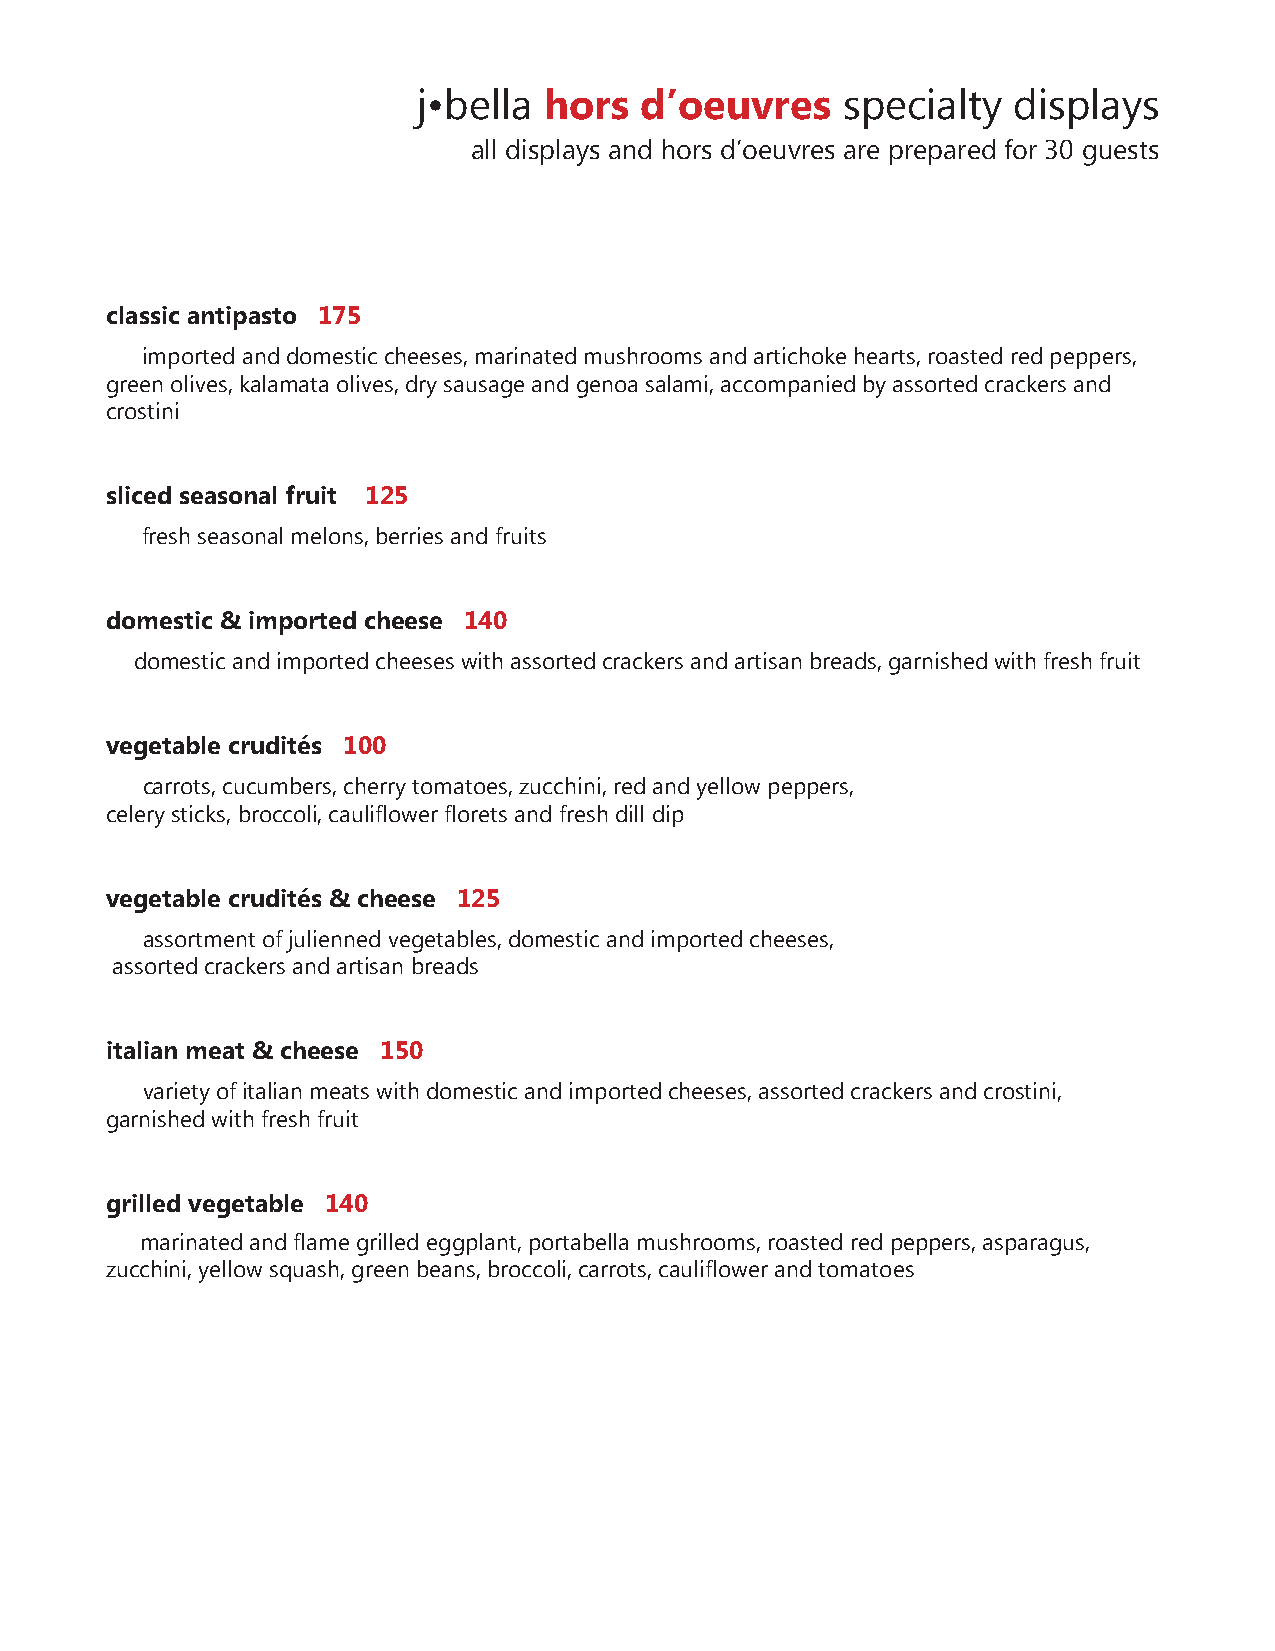
j•bella hors  d’oeuvres     specialty  displays
 all displays and hors d’oeuvres are prepared for 30 guests
 classic antipasto 175
 imported and domestic cheeses, marinated mushrooms and artichoke hearts, roasted red peppers,
 green olives, kalamata olives, dry sausage and genoa salami, accompanied by assorted crackers and
 crostini
 sliced seasonal fruit 125
 fresh seasonal melons, berries and fruits
 domestic & imported cheese 140
 domestic and imported cheeses with assorted crackers and artisan breads, garnished with fresh fruit
 vegetable crudités 100
 carrots, cucumbers, cherry tomatoes, zucchini, red and yellow peppers,
 celery sticks, broccoli, cauliflower florets and fresh dill dip
 vegetable crudités & cheese 125
 assortment of julienned vegetables, domestic and imported cheeses,
 assorted crackers and artisan breads
 italian meat & cheese 150
 variety of italian meats with domestic and imported cheeses, assorted crackers and crostini,
 garnished with fresh fruit
 grilled vegetable 140
 marinated and flame grilled eggplant, portabella mushrooms, roasted red peppers, asparagus,
 zucchini, yellow squash, green beans, broccoli, carrots, cauliflower and tomatoes